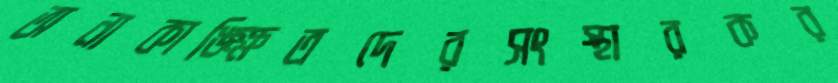
অনাকাঙ্ক্ষিতদেরসংস্থারকর